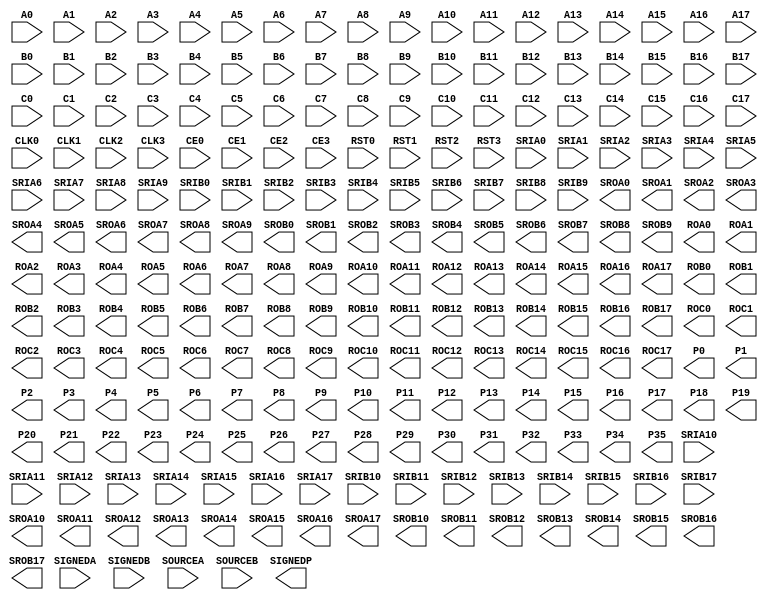
// ECP5 Blackbox cells
// FIXME: Create sim models

(* blackbox *)
module MULT18X18D(
	input A0, A1, A2, A3, A4, A5, A6, A7, A8, A9, A10, A11, A12, A13, A14, A15, A16, A17,
	input B0, B1, B2, B3, B4, B5, B6, B7, B8, B9, B10, B11, B12, B13, B14, B15, B16, B17,
	input C0, C1, C2, C3, C4, C5, C6, C7, C8, C9, C10, C11, C12, C13, C14, C15, C16, C17,
	input SIGNEDA, SIGNEDB, SOURCEA, SOURCEB,
	input CLK0, CLK1, CLK2, CLK3,
	input CE0, CE1, CE2, CE3,
	input RST0, RST1, RST2, RST3,
	input SRIA0, SRIA1, SRIA2, SRIA3, SRIA4, SRIA5, SRIA6, SRIA7, SRIA8, SRIA9, SRIA10, SRIA11, SRIA12, SRIA13, SRIA14, SRIA15, SRIA16, SRIA17,
	input SRIB0, SRIB1, SRIB2, SRIB3, SRIB4, SRIB5, SRIB6, SRIB7, SRIB8, SRIB9, SRIB10, SRIB11, SRIB12, SRIB13, SRIB14, SRIB15, SRIB16, SRIB17,
	output SROA0, SROA1, SROA2, SROA3, SROA4, SROA5, SROA6, SROA7, SROA8, SROA9, SROA10, SROA11, SROA12, SROA13, SROA14, SROA15, SROA16, SROA17,
	output SROB0, SROB1, SROB2, SROB3, SROB4, SROB5, SROB6, SROB7, SROB8, SROB9, SROB10, SROB11, SROB12, SROB13, SROB14, SROB15, SROB16, SROB17,
	output ROA0, ROA1, ROA2, ROA3, ROA4, ROA5, ROA6, ROA7, ROA8, ROA9, ROA10, ROA11, ROA12, ROA13, ROA14, ROA15, ROA16, ROA17,
	output ROB0, ROB1, ROB2, ROB3, ROB4, ROB5, ROB6, ROB7, ROB8, ROB9, ROB10, ROB11, ROB12, ROB13, ROB14, ROB15, ROB16, ROB17,
	output ROC0, ROC1, ROC2, ROC3, ROC4, ROC5, ROC6, ROC7, ROC8, ROC9, ROC10, ROC11, ROC12, ROC13, ROC14, ROC15, ROC16, ROC17,
	output P0, P1, P2, P3, P4, P5, P6, P7, P8, P9, P10, P11, P12, P13, P14, P15, P16, P17, P18, P19, P20, P21, P22, P23, P24, P25, P26, P27, P28, P29, P30, P31, P32, P33, P34, P35,
	output SIGNEDP
);
	parameter REG_INPUTA_CLK = "NONE";
	parameter REG_INPUTA_CE = "CE0";
	parameter REG_INPUTA_RST = "RST0";
	parameter REG_INPUTB_CLK = "NONE";
	parameter REG_INPUTB_CE = "CE0";
	parameter REG_INPUTB_RST = "RST0";
	parameter REG_INPUTC_CLK = "NONE";
	parameter REG_PIPELINE_CLK = "NONE";
	parameter REG_PIPELINE_CE = "CE0";
	parameter REG_PIPELINE_RST = "RST0";
	parameter REG_OUTPUT_CLK = "NONE";
	parameter [127:0] CLK0_DIV = "ENABLED";
	parameter [127:0] CLK1_DIV = "ENABLED";
	parameter [127:0] CLK2_DIV = "ENABLED";
	parameter [127:0] CLK3_DIV = "ENABLED";
	parameter [127:0] GSR = "ENABLED";
	parameter [127:0] SOURCEB_MODE = "B_SHIFT";
	parameter [127:0] RESETMODE = "SYNC";
endmodule

(* blackbox *)
module ALU54B(
	input CLK0, CLK1, CLK2, CLK3,
	input CE0, CE1, CE2, CE3,
	input RST0, RST1, RST2, RST3,
	input SIGNEDIA, SIGNEDIB, SIGNEDCIN,
	input A0, A1, A2, A3, A4, A5, A6, A7, A8, A9, A10, A11, A12, A13, A14, A15, A16, A17, A18, A19, A20, A21, A22, A23, A24, A25, A26, A27, A28, A29, A30, A31, A32, A33, A34, A35,
	input B0, B1, B2, B3, B4, B5, B6, B7, B8, B9, B10, B11, B12, B13, B14, B15, B16, B17, B18, B19, B20, B21, B22, B23, B24, B25, B26, B27, B28, B29, B30, B31, B32, B33, B34, B35,
	input C0, C1, C2, C3, C4, C5, C6, C7, C8, C9, C10, C11, C12, C13, C14, C15, C16, C17, C18, C19, C20, C21, C22, C23, C24, C25, C26, C27, C28, C29, C30, C31, C32, C33, C34, C35, C36, C37, C38, C39, C40, C41, C42, C43, C44, C45, C46, C47, C48, C49, C50, C51, C52, C53,
	input CFB0, CFB1, CFB2, CFB3, CFB4, CFB5, CFB6, CFB7, CFB8, CFB9, CFB10, CFB11, CFB12, CFB13, CFB14, CFB15, CFB16, CFB17, CFB18, CFB19, CFB20, CFB21, CFB22, CFB23, CFB24, CFB25, CFB26, CFB27, CFB28, CFB29, CFB30, CFB31, CFB32, CFB33, CFB34, CFB35, CFB36, CFB37, CFB38, CFB39, CFB40, CFB41, CFB42, CFB43, CFB44, CFB45, CFB46, CFB47, CFB48, CFB49, CFB50, CFB51, CFB52, CFB53,
	input MA0, MA1, MA2, MA3, MA4, MA5, MA6, MA7, MA8, MA9, MA10, MA11, MA12, MA13, MA14, MA15, MA16, MA17, MA18, MA19, MA20, MA21, MA22, MA23, MA24, MA25, MA26, MA27, MA28, MA29, MA30, MA31, MA32, MA33, MA34, MA35,
	input MB0, MB1, MB2, MB3, MB4, MB5, MB6, MB7, MB8, MB9, MB10, MB11, MB12, MB13, MB14, MB15, MB16, MB17, MB18, MB19, MB20, MB21, MB22, MB23, MB24, MB25, MB26, MB27, MB28, MB29, MB30, MB31, MB32, MB33, MB34, MB35,
	input CIN0, CIN1, CIN2, CIN3, CIN4, CIN5, CIN6, CIN7, CIN8, CIN9, CIN10, CIN11, CIN12, CIN13, CIN14, CIN15, CIN16, CIN17, CIN18, CIN19, CIN20, CIN21, CIN22, CIN23, CIN24, CIN25, CIN26, CIN27, CIN28, CIN29, CIN30, CIN31, CIN32, CIN33, CIN34, CIN35, CIN36, CIN37, CIN38, CIN39, CIN40, CIN41, CIN42, CIN43, CIN44, CIN45, CIN46, CIN47, CIN48, CIN49, CIN50, CIN51, CIN52, CIN53,
	input OP0, OP1, OP2, OP3, OP4, OP5, OP6, OP7, OP8, OP9, OP10,
	output R0, R1, R2, R3, R4, R5, R6, R7, R8, R9, R10, R11, R12, R13, R14, R15, R16, R17, R18, R19, R20, R21, R22, R23, R24, R25, R26, R27, R28, R29, R30, R31, R32, R33, R34, R35, R36, R37, R38, R39, R40, R41, R42, R43, R44, R45, R46, R47, R48, R49, R50, R51, R52, R53,
	output CO0, CO1, CO2, CO3, CO4, CO5, CO6, CO7, CO8, CO9, CO10, CO11, CO12, CO13, CO14, CO15, CO16, CO17, CO18, CO19, CO20, CO21, CO22, CO23, CO24, CO25, CO26, CO27, CO28, CO29, CO30, CO31, CO32, CO33, CO34, CO35, CO36, CO37, CO38, CO39, CO40, CO41, CO42, CO43, CO44, CO45, CO46, CO47, CO48, CO49, CO50, CO51, CO52, CO53,
	output EQZ, EQZM, EQOM, EQPAT, EQPATB,
	output OVER, UNDER, OVERUNDER,
	output SIGNEDR
);
	parameter REG_INPUTC0_CLK = "NONE";
	parameter REG_INPUTC1_CLK = "NONE";
	parameter REG_OPCODEOP0_0_CLK = "NONE";
	parameter REG_OPCODEOP0_0_CE = "CE0";
	parameter REG_OPCODEOP0_0_RST = "RST0";
	parameter REG_OPCODEOP1_0_CLK = "NONE";
	parameter REG_OPCODEOP0_1_CLK = "NONE";
	parameter REG_OPCODEOP0_1_CE = "CE0";
	parameter REG_OPCODEOP0_1_RST = "RST0";
	parameter REG_OPCODEIN_0_CLK = "NONE";
	parameter REG_OPCODEIN_0_CE = "CE0";
	parameter REG_OPCODEIN_0_RST = "RST0";
	parameter REG_OPCODEIN_1_CLK = "NONE";
	parameter REG_OPCODEIN_1_CE = "CE0";
	parameter REG_OPCODEIN_1_RST = "RST0";
	parameter REG_OUTPUT0_CLK = "NONE";
	parameter REG_OUTPUT1_CLK = "NONE";
	parameter REG_FLAG_CLK = "NONE";
	parameter [127:0] MCPAT_SOURCE = "STATIC";
	parameter [127:0] MASKPAT_SOURCE = "STATIC";
	parameter MASK01 = "0x00000000000000";
	parameter [127:0] CLK0_DIV = "ENABLED";
	parameter [127:0] CLK1_DIV = "ENABLED";
	parameter [127:0] CLK2_DIV = "ENABLED";
	parameter [127:0] CLK3_DIV = "ENABLED";
	parameter MCPAT = "0x00000000000000";
	parameter MASKPAT = "0x00000000000000";
	parameter RNDPAT = "0x00000000000000";
	parameter [127:0] GSR = "ENABLED";
	parameter [127:0] RESETMODE = "SYNC";
	parameter FORCE_ZERO_BARREL_SHIFT = "DISABLED";
	parameter LEGACY = "DISABLED";
endmodule

(* blackbox *)
module EHXPLLL (
	input CLKI, CLKFB,
	input PHASESEL1, PHASESEL0, PHASEDIR, PHASESTEP, PHASELOADREG,
	input STDBY, PLLWAKESYNC,
	input RST, ENCLKOP, ENCLKOS, ENCLKOS2, ENCLKOS3,
	output CLKOP, CLKOS, CLKOS2, CLKOS3,
	output LOCK, INTLOCK,
	output REFCLK, CLKINTFB
);
	parameter CLKI_DIV = 1;
	parameter CLKFB_DIV = 1;
	parameter CLKOP_DIV = 8;
	parameter CLKOS_DIV = 8;
	parameter CLKOS2_DIV = 8;
	parameter CLKOS3_DIV = 8;
	parameter CLKOP_ENABLE = "ENABLED";
	parameter CLKOS_ENABLE = "DISABLED";
	parameter CLKOS2_ENABLE = "DISABLED";
	parameter CLKOS3_ENABLE = "DISABLED";
	parameter CLKOP_CPHASE = 0;
	parameter CLKOS_CPHASE = 0;
	parameter CLKOS2_CPHASE = 0;
	parameter CLKOS3_CPHASE = 0;
	parameter CLKOP_FPHASE = 0;
	parameter CLKOS_FPHASE = 0;
	parameter CLKOS2_FPHASE = 0;
	parameter CLKOS3_FPHASE = 0;
	parameter FEEDBK_PATH = "CLKOP";
	parameter CLKOP_TRIM_POL = "RISING";
	parameter CLKOP_TRIM_DELAY = 0;
	parameter CLKOS_TRIM_POL = "RISING";
	parameter CLKOS_TRIM_DELAY = 0;
	parameter OUTDIVIDER_MUXA = "DIVA";
	parameter OUTDIVIDER_MUXB = "DIVB";
	parameter OUTDIVIDER_MUXC = "DIVC";
	parameter OUTDIVIDER_MUXD = "DIVD";
	parameter PLL_LOCK_MODE = 0;
	parameter PLL_LOCK_DELAY = 200;
	parameter STDBY_ENABLE = "DISABLED";
	parameter REFIN_RESET = "DISABLED";
	parameter SYNC_ENABLE = "DISABLED";
	parameter INT_LOCK_STICKY = "ENABLED";
	parameter DPHASE_SOURCE = "DISABLED";
	parameter PLLRST_ENA = "DISABLED";
	parameter INTFB_WAKE = "DISABLED";
endmodule

(* blackbox *)
module DTR(
	input STARTPULSE,
	output DTROUT7, DTROUT6, DTROUT5, DTROUT4, DTROUT3, DTROUT2, DTROUT1, DTROUT0
);
endmodule

(* blackbox *)
module OSCG(
	output OSC
);
parameter DIV = 128;
endmodule

(* blackbox *) (* keep *)
module USRMCLK(
	input USRMCLKI, USRMCLKTS,
	output USRMCLKO
);
endmodule

(* blackbox *) (* keep *)
module JTAGG(
	input TCK, TMS, TDI, JTDO2, JTDO1,
	output TDO, JTDI, JTCK, JRTI2, JRTI1,
	output JSHIFT, JUPDATE, JRSTN, JCE2, JCE1
);
parameter ER1 = "ENABLED";
parameter ER2 = "ENABLED";
endmodule

(* blackbox *)
module DELAYF(
	input A, LOADN, MOVE, DIRECTION,
	output Z, CFLAG
);
	parameter DEL_MODE = "USER_DEFINED";
	parameter DEL_VALUE = 0;
endmodule

(* blackbox *)
module DELAYG(
	input A,
	output Z
);
	parameter DEL_MODE = "USER_DEFINED";
	parameter DEL_VALUE = 0;
endmodule

(* blackbox *)
module IDDRX1F(
	input D, SCLK, RST,
	output Q0, Q1
);
	parameter GSR = "ENABLED";
endmodule

(* blackbox *)
module IDDRX2F(
	input D, SCLK, ECLK, RST,
	output Q0, Q1, Q2, Q3
);
	parameter GSR = "ENABLED";
endmodule

(* blackbox *)
module IDDR71B(
	input D, SCLK, ECLK, RST, ALIGNWD,
	output Q0, Q1, Q2, Q3, Q4, Q5, Q6
);
	parameter GSR = "ENABLED";
endmodule

(* blackbox *)
module IDDRX2DQA(
	input D, DQSR90, ECLK, SCLK, RST,
	input RDPNTR2, RDPNTR1, RDPNTR0, WRPNTR2, WRPNTR1, WRPNTR0,
	output Q0, Q1, Q2, Q3, QWL
);
	parameter GSR = "ENABLED";
endmodule

(* blackbox *)
module ODDRX1F(
	input SCLK, RST, D0, D1,
	output Q
);
	parameter GSR = "ENABLED";
endmodule

(* blackbox *)
module ODDRX2F(
	input SCLK, ECLK, RST, D0, D1, D2, D3,
	output Q
);
	parameter GSR = "ENABLED";
endmodule

(* blackbox *)
module ODDR71B(
	input SCLK, ECLK, RST, D0, D1, D2, D3, D4, D5, D6,
	output Q
);
	parameter GSR = "ENABLED";
endmodule

(* blackbox *)
module OSHX2A(
	input D0, D1, RST, ECLK, SCLK,
	output Q
);
	parameter GSR = "ENABLED";
endmodule

(* blackbox *)
module ODDRX2DQA(
	input D0, D1, D2, D3, RST, ECLK, SCLK, DQSW270,
	output Q
);
	parameter GSR = "ENABLED";
endmodule

(* blackbox *)
module ODDRX2DQSB(
	input D0, D1, D2, D3, RST, ECLK, SCLK, DQSW,
	output Q
);
	parameter GSR = "ENABLED";
endmodule

(* blackbox *)
module TSHX2DQA(
	input T0, T1, SCLK, ECLK, DQSW270, RST,
	output Q
);
	parameter GSR = "ENABLED";
	parameter REGSET = "SET";
endmodule

(* blackbox *)
module TSHX2DQSA(
	input T0, T1, SCLK, ECLK, DQSW, RST,
	output Q
);
	parameter GSR = "ENABLED";
	parameter REGSET = "SET";
endmodule

(* blackbox *)
module DQSBUFM(
	input DQSI, READ1, READ0, READCLKSEL2, READCLKSEL1, READCLKSEL0, DDRDEL,
	input ECLK, SCLK,
	input DYNDELAY7, DYNDELAY6, DYNDELAY5, DYNDELAY4,
	input DYNDELAY3, DYNDELAY2, DYNDELAY1, DYNDELAY0, 
	input RST, RDLOADN, RDMOVE, RDDIRECTION, WRLOADN, WRMOVE, WRDIRECTION, PAUSE,
	output DQSR90, DQSW, DQSW270,
	output RDPNTR2, RDPNTR1, RDPNTR0, WRPNTR2, WRPNTR1, WRPNTR0,
	output DATAVALID, BURSTDET, RDCFLAG, WRCFLAG
);
	parameter DQS_LI_DEL_ADJ = "FACTORYONLY";
	parameter DQS_LI_DEL_VAL = 0;
	parameter DQS_LO_DEL_ADJ = "FACTORYONLY";
	parameter DQS_LO_DEL_VAL = 0;
	parameter GSR = "ENABLED";
endmodule

(* blackbox *)
module DDRDLLA(
	input CLK, RST, UDDCNTLN, FREEZE,
	output LOCK, DDRDEL, DCNTL7, DCNTL6, DCNTL5, DCNTL4, DCNTL3, DCNTL2, DCNTL1, DCNTL0
);
	parameter FORCE_MAX_DELAY = "NO";
	parameter GSR = "ENABLED";
endmodule

(* blackbox *)
module CLKDIVF(
	input CLKI, RST, ALIGNWD,
	output CDIVX
);
	parameter GSR = "DISABLED";
	parameter DIV = "2.0";
endmodule

(* blackbox *)
module ECLKSYNCB(
	input ECLKI, STOP,
	output ECLKO
);
endmodule

(* blackbox *)
module DCCA(
	input CLKI, CE,
	output CLKO
);
endmodule

(* blackbox *) (* keep *)
module DCUA(
	input CH0_HDINP, CH1_HDINP, CH0_HDINN, CH1_HDINN,
	input D_TXBIT_CLKP_FROM_ND, D_TXBIT_CLKN_FROM_ND, D_SYNC_ND, D_TXPLL_LOL_FROM_ND,
	input CH0_RX_REFCLK, CH1_RX_REFCLK, CH0_FF_RXI_CLK, CH1_FF_RXI_CLK, CH0_FF_TXI_CLK, CH1_FF_TXI_CLK, CH0_FF_EBRD_CLK, CH1_FF_EBRD_CLK,
	input CH0_FF_TX_D_0, CH1_FF_TX_D_0, CH0_FF_TX_D_1, CH1_FF_TX_D_1, CH0_FF_TX_D_2, CH1_FF_TX_D_2, CH0_FF_TX_D_3, CH1_FF_TX_D_3,
	input CH0_FF_TX_D_4, CH1_FF_TX_D_4, CH0_FF_TX_D_5, CH1_FF_TX_D_5, CH0_FF_TX_D_6, CH1_FF_TX_D_6, CH0_FF_TX_D_7, CH1_FF_TX_D_7,
	input CH0_FF_TX_D_8, CH1_FF_TX_D_8, CH0_FF_TX_D_9, CH1_FF_TX_D_9, CH0_FF_TX_D_10, CH1_FF_TX_D_10, CH0_FF_TX_D_11, CH1_FF_TX_D_11,
	input CH0_FF_TX_D_12, CH1_FF_TX_D_12, CH0_FF_TX_D_13, CH1_FF_TX_D_13, CH0_FF_TX_D_14, CH1_FF_TX_D_14, CH0_FF_TX_D_15, CH1_FF_TX_D_15,
	input CH0_FF_TX_D_16, CH1_FF_TX_D_16, CH0_FF_TX_D_17, CH1_FF_TX_D_17, CH0_FF_TX_D_18, CH1_FF_TX_D_18, CH0_FF_TX_D_19, CH1_FF_TX_D_19,
	input CH0_FF_TX_D_20, CH1_FF_TX_D_20, CH0_FF_TX_D_21, CH1_FF_TX_D_21, CH0_FF_TX_D_22, CH1_FF_TX_D_22, CH0_FF_TX_D_23, CH1_FF_TX_D_23,
	input CH0_FFC_EI_EN, CH1_FFC_EI_EN, CH0_FFC_PCIE_DET_EN, CH1_FFC_PCIE_DET_EN, CH0_FFC_PCIE_CT, CH1_FFC_PCIE_CT, CH0_FFC_SB_INV_RX, CH1_FFC_SB_INV_RX,
	input CH0_FFC_ENABLE_CGALIGN, CH1_FFC_ENABLE_CGALIGN, CH0_FFC_SIGNAL_DETECT, CH1_FFC_SIGNAL_DETECT, CH0_FFC_FB_LOOPBACK, CH1_FFC_FB_LOOPBACK, CH0_FFC_SB_PFIFO_LP, CH1_FFC_SB_PFIFO_LP,
	input CH0_FFC_PFIFO_CLR, CH1_FFC_PFIFO_CLR, CH0_FFC_RATE_MODE_RX, CH1_FFC_RATE_MODE_RX, CH0_FFC_RATE_MODE_TX, CH1_FFC_RATE_MODE_TX, CH0_FFC_DIV11_MODE_RX, CH1_FFC_DIV11_MODE_RX, CH0_FFC_RX_GEAR_MODE, CH1_FFC_RX_GEAR_MODE, CH0_FFC_TX_GEAR_MODE, CH1_FFC_TX_GEAR_MODE,
	input CH0_FFC_DIV11_MODE_TX, CH1_FFC_DIV11_MODE_TX, CH0_FFC_LDR_CORE2TX_EN, CH1_FFC_LDR_CORE2TX_EN, CH0_FFC_LANE_TX_RST, CH1_FFC_LANE_TX_RST, CH0_FFC_LANE_RX_RST, CH1_FFC_LANE_RX_RST,
	input CH0_FFC_RRST, CH1_FFC_RRST, CH0_FFC_TXPWDNB, CH1_FFC_TXPWDNB, CH0_FFC_RXPWDNB, CH1_FFC_RXPWDNB, CH0_LDR_CORE2TX, CH1_LDR_CORE2TX,
	input D_SCIWDATA0, D_SCIWDATA1, D_SCIWDATA2, D_SCIWDATA3, D_SCIWDATA4, D_SCIWDATA5, D_SCIWDATA6, D_SCIWDATA7,
	input D_SCIADDR0, D_SCIADDR1, D_SCIADDR2, D_SCIADDR3, D_SCIADDR4, D_SCIADDR5, D_SCIENAUX, D_SCISELAUX,
	input CH0_SCIEN, CH1_SCIEN, CH0_SCISEL, CH1_SCISEL, D_SCIRD, D_SCIWSTN, D_CYAWSTN, D_FFC_SYNC_TOGGLE,
	input D_FFC_DUAL_RST, D_FFC_MACRO_RST, D_FFC_MACROPDB, D_FFC_TRST, CH0_FFC_CDR_EN_BITSLIP, CH1_FFC_CDR_EN_BITSLIP, D_SCAN_ENABLE, D_SCAN_IN_0,
	input D_SCAN_IN_1, D_SCAN_IN_2, D_SCAN_IN_3, D_SCAN_IN_4, D_SCAN_IN_5, D_SCAN_IN_6, D_SCAN_IN_7, D_SCAN_MODE,
	input D_SCAN_RESET, D_CIN0, D_CIN1, D_CIN2, D_CIN3, D_CIN4, D_CIN5, D_CIN6,D_CIN7, D_CIN8, D_CIN9, D_CIN10, D_CIN11,
	output CH0_HDOUTP, CH1_HDOUTP, CH0_HDOUTN, CH1_HDOUTN, D_TXBIT_CLKP_TO_ND, D_TXBIT_CLKN_TO_ND, D_SYNC_PULSE2ND, D_TXPLL_LOL_TO_ND,
	output CH0_FF_RX_F_CLK, CH1_FF_RX_F_CLK, CH0_FF_RX_H_CLK, CH1_FF_RX_H_CLK, CH0_FF_TX_F_CLK, CH1_FF_TX_F_CLK, CH0_FF_TX_H_CLK, CH1_FF_TX_H_CLK,
	output CH0_FF_RX_PCLK, CH1_FF_RX_PCLK, CH0_FF_TX_PCLK, CH1_FF_TX_PCLK, CH0_FF_RX_D_0, CH1_FF_RX_D_0, CH0_FF_RX_D_1, CH1_FF_RX_D_1,
	output CH0_FF_RX_D_2, CH1_FF_RX_D_2, CH0_FF_RX_D_3, CH1_FF_RX_D_3, CH0_FF_RX_D_4, CH1_FF_RX_D_4, CH0_FF_RX_D_5, CH1_FF_RX_D_5,
	output CH0_FF_RX_D_6, CH1_FF_RX_D_6, CH0_FF_RX_D_7, CH1_FF_RX_D_7, CH0_FF_RX_D_8, CH1_FF_RX_D_8, CH0_FF_RX_D_9, CH1_FF_RX_D_9,
	output CH0_FF_RX_D_10, CH1_FF_RX_D_10, CH0_FF_RX_D_11, CH1_FF_RX_D_11, CH0_FF_RX_D_12, CH1_FF_RX_D_12, CH0_FF_RX_D_13, CH1_FF_RX_D_13,
	output CH0_FF_RX_D_14, CH1_FF_RX_D_14, CH0_FF_RX_D_15, CH1_FF_RX_D_15, CH0_FF_RX_D_16, CH1_FF_RX_D_16, CH0_FF_RX_D_17, CH1_FF_RX_D_17,
	output CH0_FF_RX_D_18, CH1_FF_RX_D_18, CH0_FF_RX_D_19, CH1_FF_RX_D_19, CH0_FF_RX_D_20, CH1_FF_RX_D_20, CH0_FF_RX_D_21, CH1_FF_RX_D_21,
	output CH0_FF_RX_D_22, CH1_FF_RX_D_22, CH0_FF_RX_D_23, CH1_FF_RX_D_23, CH0_FFS_PCIE_DONE, CH1_FFS_PCIE_DONE, CH0_FFS_PCIE_CON, CH1_FFS_PCIE_CON,
	output CH0_FFS_RLOS, CH1_FFS_RLOS, CH0_FFS_LS_SYNC_STATUS, CH1_FFS_LS_SYNC_STATUS, CH0_FFS_CC_UNDERRUN, CH1_FFS_CC_UNDERRUN, CH0_FFS_CC_OVERRUN, CH1_FFS_CC_OVERRUN,
	output CH0_FFS_RXFBFIFO_ERROR, CH1_FFS_RXFBFIFO_ERROR, CH0_FFS_TXFBFIFO_ERROR, CH1_FFS_TXFBFIFO_ERROR, CH0_FFS_RLOL, CH1_FFS_RLOL, CH0_FFS_SKP_ADDED, CH1_FFS_SKP_ADDED,
	output CH0_FFS_SKP_DELETED, CH1_FFS_SKP_DELETED, CH0_LDR_RX2CORE, CH1_LDR_RX2CORE, D_SCIRDATA0, D_SCIRDATA1, D_SCIRDATA2, D_SCIRDATA3,
	output D_SCIRDATA4, D_SCIRDATA5, D_SCIRDATA6, D_SCIRDATA7, D_SCIINT, D_SCAN_OUT_0, D_SCAN_OUT_1, D_SCAN_OUT_2, D_SCAN_OUT_3, D_SCAN_OUT_4, D_SCAN_OUT_5, D_SCAN_OUT_6, D_SCAN_OUT_7,
	output D_COUT0, D_COUT1, D_COUT2, D_COUT3, D_COUT4, D_COUT5, D_COUT6, D_COUT7, D_COUT8, D_COUT9, D_COUT10, D_COUT11, D_COUT12, D_COUT13, D_COUT14, D_COUT15, D_COUT16, D_COUT17, D_COUT18, D_COUT19,

	input  D_REFCLKI,
	output D_FFS_PLOL
);
	parameter CH0_AUTO_CALIB_EN = "0b0";
	parameter CH0_AUTO_FACQ_EN = "0b0";
	parameter CH0_BAND_THRESHOLD = "0b000000";
	parameter CH0_CALIB_CK_MODE = "0b0";
	parameter CH0_CC_MATCH_1 = "0b0000000000";
	parameter CH0_CC_MATCH_2 = "0b0000000000";
	parameter CH0_CC_MATCH_3 = "0b0000000000";
	parameter CH0_CC_MATCH_4 = "0b0000000000";
	parameter CH0_CDR_CNT4SEL = "0b00";
	parameter CH0_CDR_CNT8SEL = "0b00";
	parameter CH0_CTC_BYPASS = "0b0";
	parameter CH0_DCOATDCFG = "0b00";
	parameter CH0_DCOATDDLY = "0b00";
	parameter CH0_DCOBYPSATD = "0b0";
	parameter CH0_DCOCALDIV = "0b000";
	parameter CH0_DCOCTLGI = "0b000";
	parameter CH0_DCODISBDAVOID = "0b0";
	parameter CH0_DCOFLTDAC = "0b00";
	parameter CH0_DCOFTNRG = "0b000";
	parameter CH0_DCOIOSTUNE = "0b000";
	parameter CH0_DCOITUNE = "0b00";
	parameter CH0_DCOITUNE4LSB = "0b000";
	parameter CH0_DCOIUPDNX2 = "0b0";
	parameter CH0_DCONUOFLSB = "0b000";
	parameter CH0_DCOSCALEI = "0b00";
	parameter CH0_DCOSTARTVAL = "0b000";
	parameter CH0_DCOSTEP = "0b00";
	parameter CH0_DEC_BYPASS = "0b0";
	parameter CH0_ENABLE_CG_ALIGN = "0b0";
	parameter CH0_ENC_BYPASS = "0b0";
	parameter CH0_FF_RX_F_CLK_DIS = "0b0";
	parameter CH0_FF_RX_H_CLK_EN = "0b0";
	parameter CH0_FF_TX_F_CLK_DIS = "0b0";
	parameter CH0_FF_TX_H_CLK_EN = "0b0";
	parameter CH0_GE_AN_ENABLE = "0b0";
	parameter CH0_INVERT_RX = "0b0";
	parameter CH0_INVERT_TX = "0b0";
	parameter CH0_LDR_CORE2TX_SEL = "0b0";
	parameter CH0_LDR_RX2CORE_SEL = "0b0";
	parameter CH0_LEQ_OFFSET_SEL = "0b0";
	parameter CH0_LEQ_OFFSET_TRIM = "0b000";
	parameter CH0_LSM_DISABLE = "0b0";
	parameter CH0_MATCH_2_ENABLE = "0b0";
	parameter CH0_MATCH_4_ENABLE = "0b0";
	parameter CH0_MIN_IPG_CNT = "0b00";
	parameter CH0_PCIE_EI_EN = "0b0";
	parameter CH0_PCIE_MODE = "0b0";
	parameter CH0_PCS_DET_TIME_SEL = "0b00";
	parameter CH0_PDEN_SEL = "0b0";
	parameter CH0_PRBS_ENABLE = "0b0";
	parameter CH0_PRBS_LOCK = "0b0";
	parameter CH0_PRBS_SELECTION = "0b0";
	parameter CH0_RATE_MODE_RX = "0b0";
	parameter CH0_RATE_MODE_TX = "0b0";
	parameter CH0_RCV_DCC_EN = "0b0";
	parameter CH0_REG_BAND_OFFSET = "0b0000";
	parameter CH0_REG_BAND_SEL = "0b000000";
	parameter CH0_REG_IDAC_EN = "0b0";
	parameter CH0_REG_IDAC_SEL = "0b0000000000";
	parameter CH0_REQ_EN = "0b0";
	parameter CH0_REQ_LVL_SET = "0b00";
	parameter CH0_RIO_MODE = "0b0";
	parameter CH0_RLOS_SEL = "0b0";
	parameter CH0_RPWDNB = "0b0";
	parameter CH0_RTERM_RX = "0b00000";
	parameter CH0_RTERM_TX = "0b00000";
	parameter CH0_RXIN_CM = "0b00";
	parameter CH0_RXTERM_CM = "0b00";
	parameter CH0_RX_DCO_CK_DIV = "0b000";
	parameter CH0_RX_DIV11_SEL = "0b0";
	parameter CH0_RX_GEAR_BYPASS = "0b0";
	parameter CH0_RX_GEAR_MODE = "0b0";
	parameter CH0_RX_LOS_CEQ = "0b00";
	parameter CH0_RX_LOS_EN = "0b0";
	parameter CH0_RX_LOS_HYST_EN = "0b0";
	parameter CH0_RX_LOS_LVL = "0b000";
	parameter CH0_RX_RATE_SEL = "0b0000";
	parameter CH0_RX_SB_BYPASS = "0b0";
	parameter CH0_SB_BYPASS = "0b0";
	parameter CH0_SEL_SD_RX_CLK = "0b0";
	parameter CH0_TDRV_DAT_SEL = "0b00";
	parameter CH0_TDRV_POST_EN = "0b0";
	parameter CH0_TDRV_PRE_EN = "0b0";
	parameter CH0_TDRV_SLICE0_CUR = "0b000";
	parameter CH0_TDRV_SLICE0_SEL = "0b00";
	parameter CH0_TDRV_SLICE1_CUR = "0b000";
	parameter CH0_TDRV_SLICE1_SEL = "0b00";
	parameter CH0_TDRV_SLICE2_CUR = "0b00";
	parameter CH0_TDRV_SLICE2_SEL = "0b00";
	parameter CH0_TDRV_SLICE3_CUR = "0b00";
	parameter CH0_TDRV_SLICE3_SEL = "0b00";
	parameter CH0_TDRV_SLICE4_CUR = "0b00";
	parameter CH0_TDRV_SLICE4_SEL = "0b00";
	parameter CH0_TDRV_SLICE5_CUR = "0b00";
	parameter CH0_TDRV_SLICE5_SEL = "0b00";
	parameter CH0_TPWDNB = "0b0";
	parameter CH0_TX_CM_SEL = "0b00";
	parameter CH0_TX_DIV11_SEL = "0b0";
	parameter CH0_TX_GEAR_BYPASS = "0b0";
	parameter CH0_TX_GEAR_MODE = "0b0";
	parameter CH0_TX_POST_SIGN = "0b0";
	parameter CH0_TX_PRE_SIGN = "0b0";
	parameter CH0_UC_MODE = "0b0";
	parameter CH0_UDF_COMMA_A = "0b0000000000";
	parameter CH0_UDF_COMMA_B = "0b0000000000";
	parameter CH0_UDF_COMMA_MASK = "0b0000000000";
	parameter CH0_WA_BYPASS = "0b0";
	parameter CH0_WA_MODE = "0b0";
	parameter CH1_AUTO_CALIB_EN = "0b0";
	parameter CH1_AUTO_FACQ_EN = "0b0";
	parameter CH1_BAND_THRESHOLD = "0b000000";
	parameter CH1_CALIB_CK_MODE = "0b0";
	parameter CH1_CC_MATCH_1 = "0b0000000000";
	parameter CH1_CC_MATCH_2 = "0b0000000000";
	parameter CH1_CC_MATCH_3 = "0b0000000000";
	parameter CH1_CC_MATCH_4 = "0b0000000000";
	parameter CH1_CDR_CNT4SEL = "0b00";
	parameter CH1_CDR_CNT8SEL = "0b00";
	parameter CH1_CTC_BYPASS = "0b0";
	parameter CH1_DCOATDCFG = "0b00";
	parameter CH1_DCOATDDLY = "0b00";
	parameter CH1_DCOBYPSATD = "0b0";
	parameter CH1_DCOCALDIV = "0b000";
	parameter CH1_DCOCTLGI = "0b000";
	parameter CH1_DCODISBDAVOID = "0b0";
	parameter CH1_DCOFLTDAC = "0b00";
	parameter CH1_DCOFTNRG = "0b000";
	parameter CH1_DCOIOSTUNE = "0b000";
	parameter CH1_DCOITUNE = "0b00";
	parameter CH1_DCOITUNE4LSB = "0b000";
	parameter CH1_DCOIUPDNX2 = "0b0";
	parameter CH1_DCONUOFLSB = "0b000";
	parameter CH1_DCOSCALEI = "0b00";
	parameter CH1_DCOSTARTVAL = "0b000";
	parameter CH1_DCOSTEP = "0b00";
	parameter CH1_DEC_BYPASS = "0b0";
	parameter CH1_ENABLE_CG_ALIGN = "0b0";
	parameter CH1_ENC_BYPASS = "0b0";
	parameter CH1_FF_RX_F_CLK_DIS = "0b0";
	parameter CH1_FF_RX_H_CLK_EN = "0b0";
	parameter CH1_FF_TX_F_CLK_DIS = "0b0";
	parameter CH1_FF_TX_H_CLK_EN = "0b0";
	parameter CH1_GE_AN_ENABLE = "0b0";
	parameter CH1_INVERT_RX = "0b0";
	parameter CH1_INVERT_TX = "0b0";
	parameter CH1_LDR_CORE2TX_SEL = "0b0";
	parameter CH1_LDR_RX2CORE_SEL = "0b0";
	parameter CH1_LEQ_OFFSET_SEL = "0b0";
	parameter CH1_LEQ_OFFSET_TRIM = "0b000";
	parameter CH1_LSM_DISABLE = "0b0";
	parameter CH1_MATCH_2_ENABLE = "0b0";
	parameter CH1_MATCH_4_ENABLE = "0b0";
	parameter CH1_MIN_IPG_CNT = "0b00";
	parameter CH1_PCIE_EI_EN = "0b0";
	parameter CH1_PCIE_MODE = "0b0";
	parameter CH1_PCS_DET_TIME_SEL = "0b00";
	parameter CH1_PDEN_SEL = "0b0";
	parameter CH1_PRBS_ENABLE = "0b0";
	parameter CH1_PRBS_LOCK = "0b0";
	parameter CH1_PRBS_SELECTION = "0b0";
	parameter CH1_RATE_MODE_RX = "0b0";
	parameter CH1_RATE_MODE_TX = "0b0";
	parameter CH1_RCV_DCC_EN = "0b0";
	parameter CH1_REG_BAND_OFFSET = "0b0000";
	parameter CH1_REG_BAND_SEL = "0b000000";
	parameter CH1_REG_IDAC_EN = "0b0";
	parameter CH1_REG_IDAC_SEL = "0b0000000000";
	parameter CH1_REQ_EN = "0b0";
	parameter CH1_REQ_LVL_SET = "0b00";
	parameter CH1_RIO_MODE = "0b0";
	parameter CH1_RLOS_SEL = "0b0";
	parameter CH1_RPWDNB = "0b0";
	parameter CH1_RTERM_RX = "0b00000";
	parameter CH1_RTERM_TX = "0b00000";
	parameter CH1_RXIN_CM = "0b00";
	parameter CH1_RXTERM_CM = "0b00";
	parameter CH1_RX_DCO_CK_DIV = "0b000";
	parameter CH1_RX_DIV11_SEL = "0b0";
	parameter CH1_RX_GEAR_BYPASS = "0b0";
	parameter CH1_RX_GEAR_MODE = "0b0";
	parameter CH1_RX_LOS_CEQ = "0b00";
	parameter CH1_RX_LOS_EN = "0b0";
	parameter CH1_RX_LOS_HYST_EN = "0b0";
	parameter CH1_RX_LOS_LVL = "0b000";
	parameter CH1_RX_RATE_SEL = "0b0000";
	parameter CH1_RX_SB_BYPASS = "0b0";
	parameter CH1_SB_BYPASS = "0b0";
	parameter CH1_SEL_SD_RX_CLK = "0b0";
	parameter CH1_TDRV_DAT_SEL = "0b00";
	parameter CH1_TDRV_POST_EN = "0b0";
	parameter CH1_TDRV_PRE_EN = "0b0";
	parameter CH1_TDRV_SLICE0_CUR = "0b000";
	parameter CH1_TDRV_SLICE0_SEL = "0b00";
	parameter CH1_TDRV_SLICE1_CUR = "0b000";
	parameter CH1_TDRV_SLICE1_SEL = "0b00";
	parameter CH1_TDRV_SLICE2_CUR = "0b00";
	parameter CH1_TDRV_SLICE2_SEL = "0b00";
	parameter CH1_TDRV_SLICE3_CUR = "0b00";
	parameter CH1_TDRV_SLICE3_SEL = "0b00";
	parameter CH1_TDRV_SLICE4_CUR = "0b00";
	parameter CH1_TDRV_SLICE4_SEL = "0b00";
	parameter CH1_TDRV_SLICE5_CUR = "0b00";
	parameter CH1_TDRV_SLICE5_SEL = "0b00";
	parameter CH1_TPWDNB = "0b0";
	parameter CH1_TX_CM_SEL = "0b00";
	parameter CH1_TX_DIV11_SEL = "0b0";
	parameter CH1_TX_GEAR_BYPASS = "0b0";
	parameter CH1_TX_GEAR_MODE = "0b0";
	parameter CH1_TX_POST_SIGN = "0b0";
	parameter CH1_TX_PRE_SIGN = "0b0";
	parameter CH1_UC_MODE = "0b0";
	parameter CH1_UDF_COMMA_A = "0b0000000000";
	parameter CH1_UDF_COMMA_B = "0b0000000000";
	parameter CH1_UDF_COMMA_MASK = "0b0000000000";
	parameter CH1_WA_BYPASS = "0b0";
	parameter CH1_WA_MODE = "0b0";
	parameter D_BITCLK_FROM_ND_EN = "0b0";
	parameter D_BITCLK_LOCAL_EN = "0b0";
	parameter D_BITCLK_ND_EN = "0b0";
	parameter D_BUS8BIT_SEL = "0b0";
	parameter D_CDR_LOL_SET = "0b00";
	parameter D_CMUSETBIASI = "0b00";
	parameter D_CMUSETI4CPP = "0b0000";
	parameter D_CMUSETI4CPZ = "0b0000";
	parameter D_CMUSETI4VCO = "0b00";
	parameter D_CMUSETICP4P = "0b00";
	parameter D_CMUSETICP4Z = "0b000";
	parameter D_CMUSETINITVCT = "0b00";
	parameter D_CMUSETISCL4VCO = "0b000";
	parameter D_CMUSETP1GM = "0b000";
	parameter D_CMUSETP2AGM = "0b000";
	parameter D_CMUSETZGM = "0b000";
	parameter D_DCO_CALIB_TIME_SEL = "0b00";
	parameter D_HIGH_MARK = "0b0000";
	parameter D_IB_PWDNB = "0b0";
	parameter D_ISETLOS = "0b00000000";
	parameter D_LOW_MARK = "0b0000";
	parameter D_MACROPDB = "0b0";
	parameter D_PD_ISET = "0b00";
	parameter D_PLL_LOL_SET = "0b00";
	parameter D_REFCK_MODE = "0b000";
	parameter D_REQ_ISET = "0b000";
	parameter D_RG_EN = "0b0";
	parameter D_RG_SET = "0b00";
	parameter D_SETICONST_AUX = "0b00";
	parameter D_SETICONST_CH = "0b00";
	parameter D_SETIRPOLY_AUX = "0b00";
	parameter D_SETIRPOLY_CH = "0b00";
	parameter D_SETPLLRC = "0b000000";
	parameter D_SYNC_LOCAL_EN = "0b0";
	parameter D_SYNC_ND_EN = "0b0";
	parameter D_TXPLL_PWDNB = "0b0";
	parameter D_TX_VCO_CK_DIV = "0b000";
	parameter D_XGE_MODE = "0b0";

// These parameters don't do anything but are
// needed for compatibility with Diamond
	parameter D_TX_MAX_RATE = "2.5";
	parameter D_RX_MAX_RATE = "2.5";
	parameter CH0_TXAMPLITUDE = "0d1300";
	parameter CH1_TXAMPLITUDE = "0d1300";
	parameter CH0_PROTOCOL = "8B10B";
	parameter CH1_PROTOCOL = "8B10B";
	parameter CH0_CDR_MAX_RATE = "2.5";
	parameter CH1_CDR_MAX_RATE = "2.5";
endmodule

(* blackbox *)
module EXTREFB (
	input  REFCLKP, REFCLKN,
	output REFCLKO
);
	parameter REFCK_PWDNB = "0b0";
	parameter REFCK_RTERM = "0b0";
	parameter REFCK_DCBIAS_EN = "0b0";
endmodule

(* blackbox *)
module PCSCLKDIV (
	input CLKI, RST, SEL2, SEL1, SEL0,
	output CDIV1, CDIVX
);
	parameter GSR = "DISABLED";
endmodule